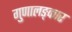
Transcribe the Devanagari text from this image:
गुणालङ्कार